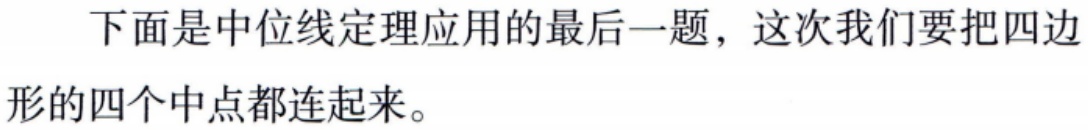
下面是中位线定理应用的最后一题，这次我们要把四边形的四个中点都连起来。